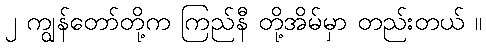
၂ ကျွန်တော်တို့က ကြည်နီ တို့အိမ်မှာ တည်းတယ် ။